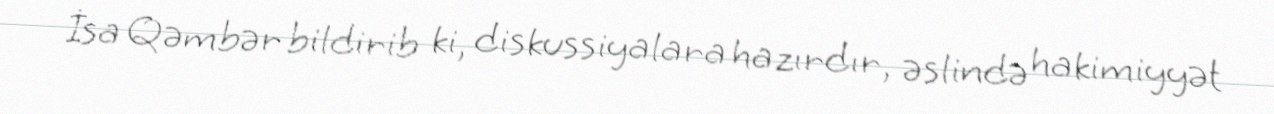
İsa Qəmbər bildirib ki, diskussiyalara hazırdır, əslində hakimiyyət